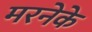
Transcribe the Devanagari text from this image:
मरनेके